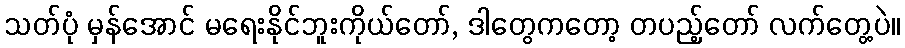
သတ်ပုံ မှန်အောင် မရေးနိုင်ဘူးကိုယ်တော်, ဒါတွေကတော့ တပည့်တော် လက်တွေ့ပဲ။